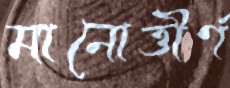
মানোত্তীর্ণ